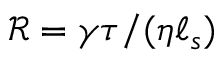
\mathcal { R } = \gamma \tau / ( \eta \ell _ { s } )